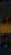
-